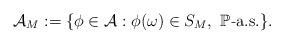
LaTeX: \begin{align*}\mathcal{A}_M:=\{\phi\in\mathcal{A}: \phi(\omega)\in S_M, \ \mathbb{P}\textit{-}\mathrm{a.s.}\}.\end{align*}